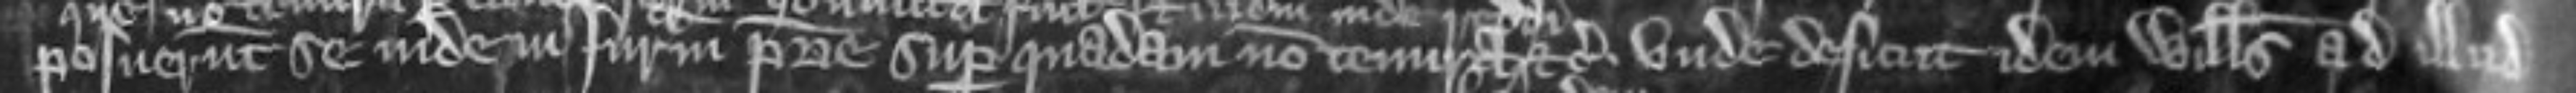
posuerunt se inde in juratam patrie super quadam non tenura etc Unde desicut idem Willelmus ad illud